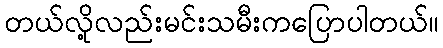
တယ်လို့လည်းမင်းသမီးကပြောပါတယ်။